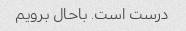
درست است. باحال برویم